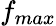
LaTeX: f_{max}